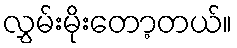
လွှမ်းမိုးတော့တယ်။